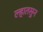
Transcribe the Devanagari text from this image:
ल्हातसुन